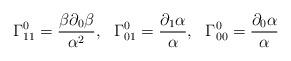
LaTeX: \begin{align*}\Gamma_{11}^0 = \frac{\beta \partial_0 \beta}{\alpha^2}, \ \ \Gamma_{01}^0 = \frac{\partial_1 \alpha}{\alpha}, \ \ \Gamma_{00}^0 = \frac{\partial_0 \alpha}{\alpha}\end{align*}